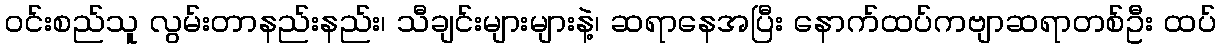
ဝင်းစည်သူ လွမ်းတာနည်းနည်း၊ သီချင်းများများနဲ့၊ ဆရာနေအပြီး နောက်ထပ်ကဗျာဆရာတစ်ဦး ထပ်